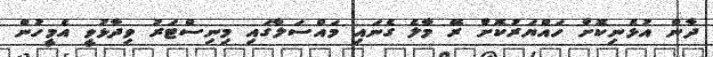
ދާން އުޅެނިކޮށް ހައްޔަރުކޮށް ރޭ މާލެ ގެނައި މައްސަލާގައި މިނިސްޓަރު ވިދާޅުވީ އެމީހުން